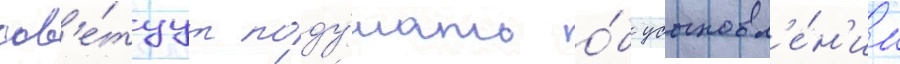
сов'е́туут поду́мать о́б усыновл'е́н'ии